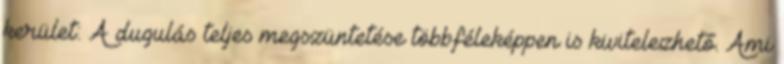
kerület: A dugulás teljes megszüntetése többféleképpen is kivitelezhető. Ami